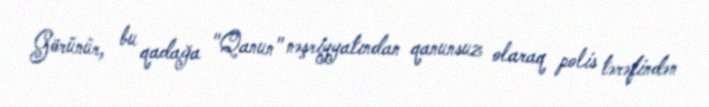
Görünür, bu qadağa "Qanun" nəşriyyatından qanunsuz olaraq polis tərəfindən